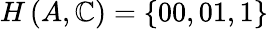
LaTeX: H\left(A,\mathbb{C}\right)=\left\{ 00,01,1\right\}